Calcutta medical institutions reports 1892-1900
Year: 1892
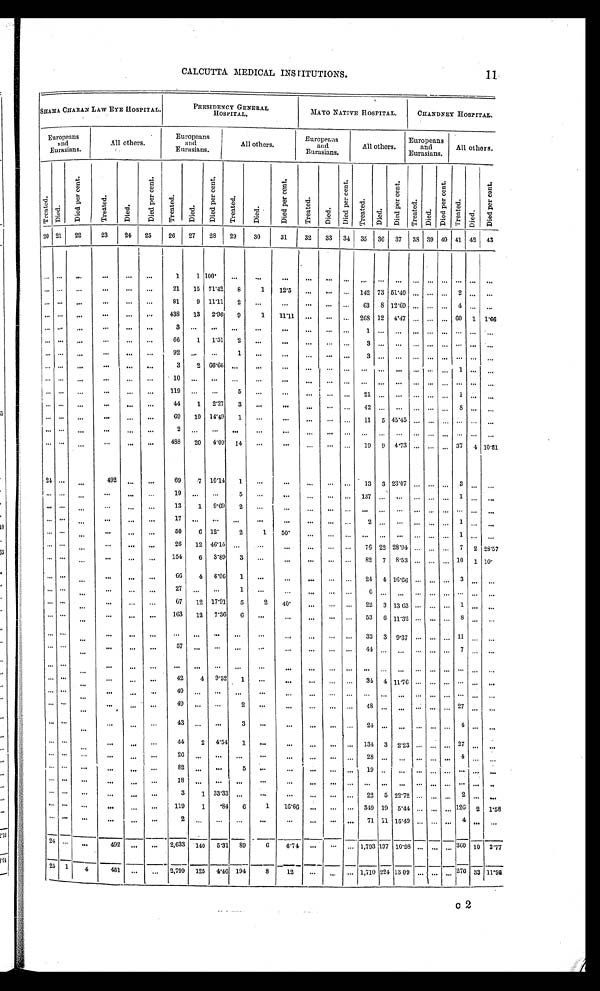
CALCUTTA MEDICAL INSTITUTIONS.
11
SHAMA CHARAN LAW EYE HOSPITAL.
PRESIDENCY GENERAL
HOSPITAL.
MAYO NATIVE HOSPITAL.
CHANDNEY HOSPITAL.
Europeans
and
Eurasians.
All others.
Europeans
and
Eurasians.
All others.
Europeans
and
Eurasians.
All others.
Europeans
and
Eurasians.
All others.
T r e a t e d . D i e d .
D i e d p e r c e n t .
T r e a t e d
D i e d .
D i e d p e r c e n t .
T r e a t e d .
D i e d .
D i e d p e r c e n t .
T r e a t e d .
D i e d .
D i e d p e r c e n t .
T r e a t e d .
D i e d .
D i e d p e r c e n t .
T r e a t e d .
D i e d .
D i e d p e r c e n t .
T r e a t e d .
D i e d .
D i e d p e r c e n t .
Tr e a t e d. D i e d .
D i e d p e r c e n t .
20 21 22
23
2 4
25
26 27 28 29
30
31
32 33 34
3 5 36 37 38 39 40 41 4 2 43
. . . . . .
. . .
...
...
. . .
1
1 100.
. . .
. . .
. . .
. . .
. . .
...
. . .
. . .
. . . . . .
. . . . . . . . . . . . ...
. . . . . . ...
. . .
. . . . . .
21 15 71.42 8
1 12.5
. . .
. . . . . . 142 73 51.40 . . . ... ... 2 . . .
. . .
. . . . . .
. . . ...
... ...
81
9 11.11 2 ...
...
. . .
. . . . . .
6 3 8
1 2 . 6 9 . . . . . . . . . 4 . . .
. . .
. . . . . .
. . .
. . .
. . .
. . .
438 13 2.96 9
1 11.11 ... ... ... 268 12 4.47 . . . ... ... 6 0 1 1.66
. . . . . .
. . .
. . .
. . .
. . .
3
. . .
...
. . .
. . . ...
. . . . . .
. . .
1
. . .
. . . . . . . . . . . . . . . . . .
. . .
. . . . . .
. . .
...
... ...
66
1 1.51 2 ...
. . .
. . .
. . .
. . . 3 ... ... ... ... ...
. . . ... ...
. . . . . .
. . .
. . .
. . . . . .
92 . . .
. . .
1 ...
. . .
. . .
. . .
...
3
. . .
. . . . . . . . . . . . . . . . . .
. . .
. . . . . .
. . .
. . .
. . . . . .
3
2 66.66
. . .
. . .
. . . . . .
. . .
...
. . . . . .
. . . . . . . . . . . . 1
. . .
. . .
. . . . . .
. . .
. . .
. . . . . .
1 0 . . . ...
. . .
. . .
. . . . . .
. . .
...
. . . . . .
. . . . . . . . . . . . ... . . .
. . .
. . . . . .
. . .
. . .
... ...
119 ... ...
5 ...
. . .
. . .
. . . . . .
2 1 . . .
. . . . . . . . . . . . 1 ...
. . .
. . . . . . ...
. . .
. . .
. . . 44
1 2.27 3 ...
...
. . .
. . . . . .
4 2 . . .
. . . . . . . . . . . . 8 . . .
. . .
. . . . . .
. . .
. . .
... ...
69 10 14.49 1 ...
. . .
. . .
. . . ... 11 5 45.45 . . . . . . . . . . . . . . . ...
. . . . . .
. . .
. . .
. . .
. . .
2 ...
...
. . .
...
...
. . .
. . . . . . ...
. . .
. . . . . . . . . . . . . . . . . . . . .
. . . . . .
. . .
. . .
. . .
. . . 488 20
4. 09 14 ...
. . .
. . .
. . .
. . . 19 9 4.73 . . . . . . . . . 37 4 1 0 . 8 1
24 ...
. . .
492
. . .
. . .
69
7 10.14 1
. . .
. . .
... ... ... 13 3 23.07 . . . . . .
. . . 3 . . .
. . .
. . . . . .
. . .
. . . ...
. . .
19
. . .
...
5
. . .
. . .
. . .
. . . . . .
137
. . .
. . . . . . . . .
. . . 1
. . .
. . .
. . . . . .
. . .
. . .
. . .
. . .
13
1 9.69 2 ...
. . .
...
. . .
. . .
. . . . . .
. . .
. . . . . .
. . . . . . . . . ...
. . . . . .
. . .
. . .
. . .
. . .
17
. . .
. . .
. . .
. . . ...
. . .
. . .
. . . 2 . . .
. . . ... . . .
. . . 1
. . .
. . .
. . . . . .
. . .
...
... ...
50
6 12.
2
1 5 0 .
. . .
. . . . . . ... . . .
. . . . . . ... ... 1 ... ...
. . . . . .
. . .
...
. . .
. . .
26 12 46.15 . . .
. . .
. . .
... ... ... 76 22 28.94 ... . . . ... 7 2 2 8 . 5 7
. . . . . .
. . .
. . .
. . .
. . .
154
6 3.89 3 ...
...
. . .
. . .
. . . 82 7 8.53 . . .
. . . . . . 1 0 1 1 0 .
. . . . . .
. . .
. . .
. . .
. . .
6 6
4 6.06 1 ...
...
. . .
. . .
. . . 24 4 16.66 ... ...
. . . 3 . . .
. . .
. . . . . .
. . .
. . .
. . .
. . .
27 ... ...
1
. . .
. . .
. . .
. . .
. . .
6
. . . . . .
. . . . . .
. . . . . . . . .
. . .
. . . . . .
. . . . . .
. . .
. . .
67 12 17.91 5
2 4 0 .
. . .
. . . ... 22 3 13.63 . . . . . . . . .
1
. . .
. . .
. . . . . .
. . .
. . .
. . .
. . . 163 12 7.36 6 ...
. . .
. . . . . . . . . 53
6 11.32 . . .
. . . . . . 8 ... ...
. . . . . .
. . . ...
...
. . .
...
. . .
. . . . . .
...
. . .
. . .
. . .
. . . 32 3 9.37 . . . . . . . . .
11
. . .
. . .
. . . . . .
. . .
. . .
. . .
. . .
57
. . . . . .
. . .
. . .
...
. . .
. . . . . .
4 4 . . .
. . . . . . . . . . . . 7 . . .
. . .
. . . . . .
. . . . . .
. . . . . .
. . .
... ...
. . .
. . .
. . .
. . .
. . . . . .
. . . . . .
. . . . . . . . . . . .
. . . . . .
. . .
. . . . . .
. . .
. . .
. . . ...
42
4 9.52 1 ...
...
. . .
. . .
. . . 34 4 11.76 . . . . . . . . .
. . .
. . .
. . .
. . . . . .
. . . ...
...
. . .
40 ...
. . . . . .
. . . ...
. . .
. . . . . .
. . . . . .
. . . . . . . . . . . . . . . . . .
. . .
. . . . . .
. . .
. . .
. . . . . .
49 ...
. . . 2
. . .
...
...
. . . ...
4 8 . . .
. . . . . . . . . . . . 2 7 . . .
. . .
. . . . . .
. . .
...
... . ..
43
. . .
. . .
3 ...
...
... ...
. . . 24 ... ... ... ... ... 4 ...
. . .
. . . ...
. . .
. . .
. . . ...
44
2 4.54 1 ...
...
...
. . .
. . . 134 3 2.23 . . . . . . . . .
27
. . .
. . .
. . . ...
. . .
. . .
. . . ...
2 6
. . .
. . .
. . . ...
...
. . . ...
. . .
2 8 . . .
...
. . . . . . . . . 4 ... . . .
. . .
...
. . . ...
. . . ...
82
. . .
. . . 5
. . .
...
. . . ...
. . .
1 9 . . .
...
. . . . . . . . . . . . . . .
...
. . .
... ...
. . .
. . . ...
1 8
. . .
. . .
. . . ...
...
. . . ...
. . .
. . . . . .
...
. . . . . . . . . . . . ......
. . . . . . ...
. . .
. . . ...
3
1 33.33 . . .
. . .
...
... ...
. . . 22 5 22.72 ... . . . . . .
2
...
. . .
. . . . . .
...
. . .
. . .
. . .
119
1 .84 6
1 16.66
. . .
. . . . . . 349 19 5.44
. . . . . . . . . 1 2 6 2 1.58
. . . . . .
...
. . .
. . .
. . .
2
. . .
. . .
. . .
. . .
. . .
. . . ...
. . .
7 1 1 1 15.49 . . . . . . ...
4
... ...
24 ... ...
492
. . .
...
2,633 140 5.31 89
6
6.74
. . .
. . . ... 1,793 197 10.98 ... . . . ... 3 6 0 10 2.77
25 1
4
451
. . .
...
2,799 125 4.46 194
8
12
... ...
. . . 1,710 224 13.09 . . . . . . ...
276
33 11.95